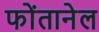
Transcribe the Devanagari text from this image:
फोंतानेल